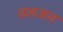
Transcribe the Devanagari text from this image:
तलअत